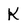
Character: K